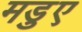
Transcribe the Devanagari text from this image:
मडुए